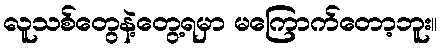
လူသစ်တွေနဲ့တွေ့ရမှာ မကြောက်တော့ဘူး။